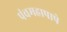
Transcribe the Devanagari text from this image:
पंचमहापापे